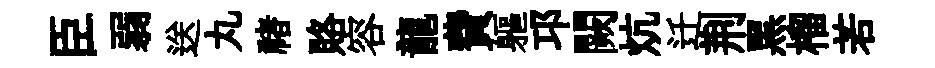
臣弱送丸禇賂容龍費軀邛闕炕迁荆黑榴若